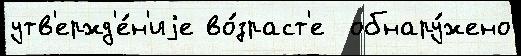
утв'ержд'е́н'иjе во́зраст'е  обнару́жено